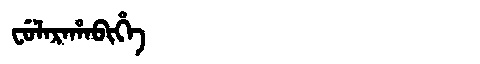
Manchu: ᠸᡠᠯᠠᡵᠠᡥᠠᠪᡳᡥᡝ
Romanization: FULARAHABIHE